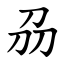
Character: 刕